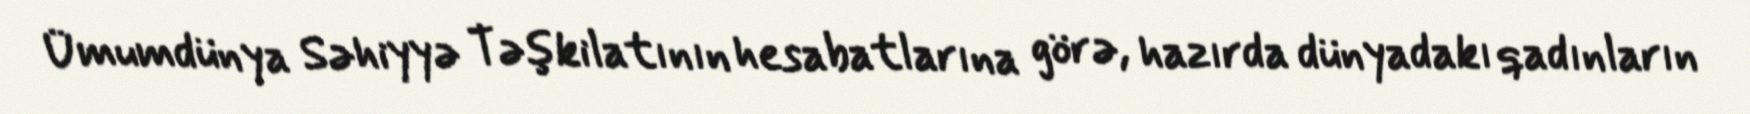
Ümumdünya Səhiyyə Təşkilatının hesabatlarına görə, hazırda dünyadakı qadınların